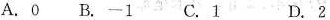
A.0B.-1C.1 D.2